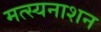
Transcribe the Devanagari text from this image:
मत्स्यनाशन